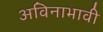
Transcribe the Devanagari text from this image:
अविनाभावी